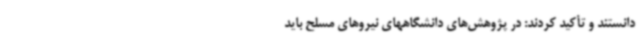
دانستند و تأکید کردند: در پژوهش‌های دانشگاههای نیروهای مسلح باید